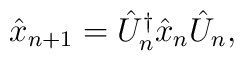
\hat{x}_{n+1}=\hat{U}_n^{\dagger }\hat{x}_n\hat{U}_n,